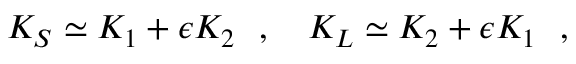
K _ { S } \simeq K _ { 1 } + \epsilon K _ { 2 } ~ ~ , ~ ~ ~ K _ { L } \simeq K _ { 2 } + \epsilon K _ { 1 } ~ ~ , ~ ~ ~